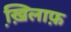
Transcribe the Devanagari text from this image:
ख़ि़लाफ़